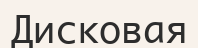
Дисковая